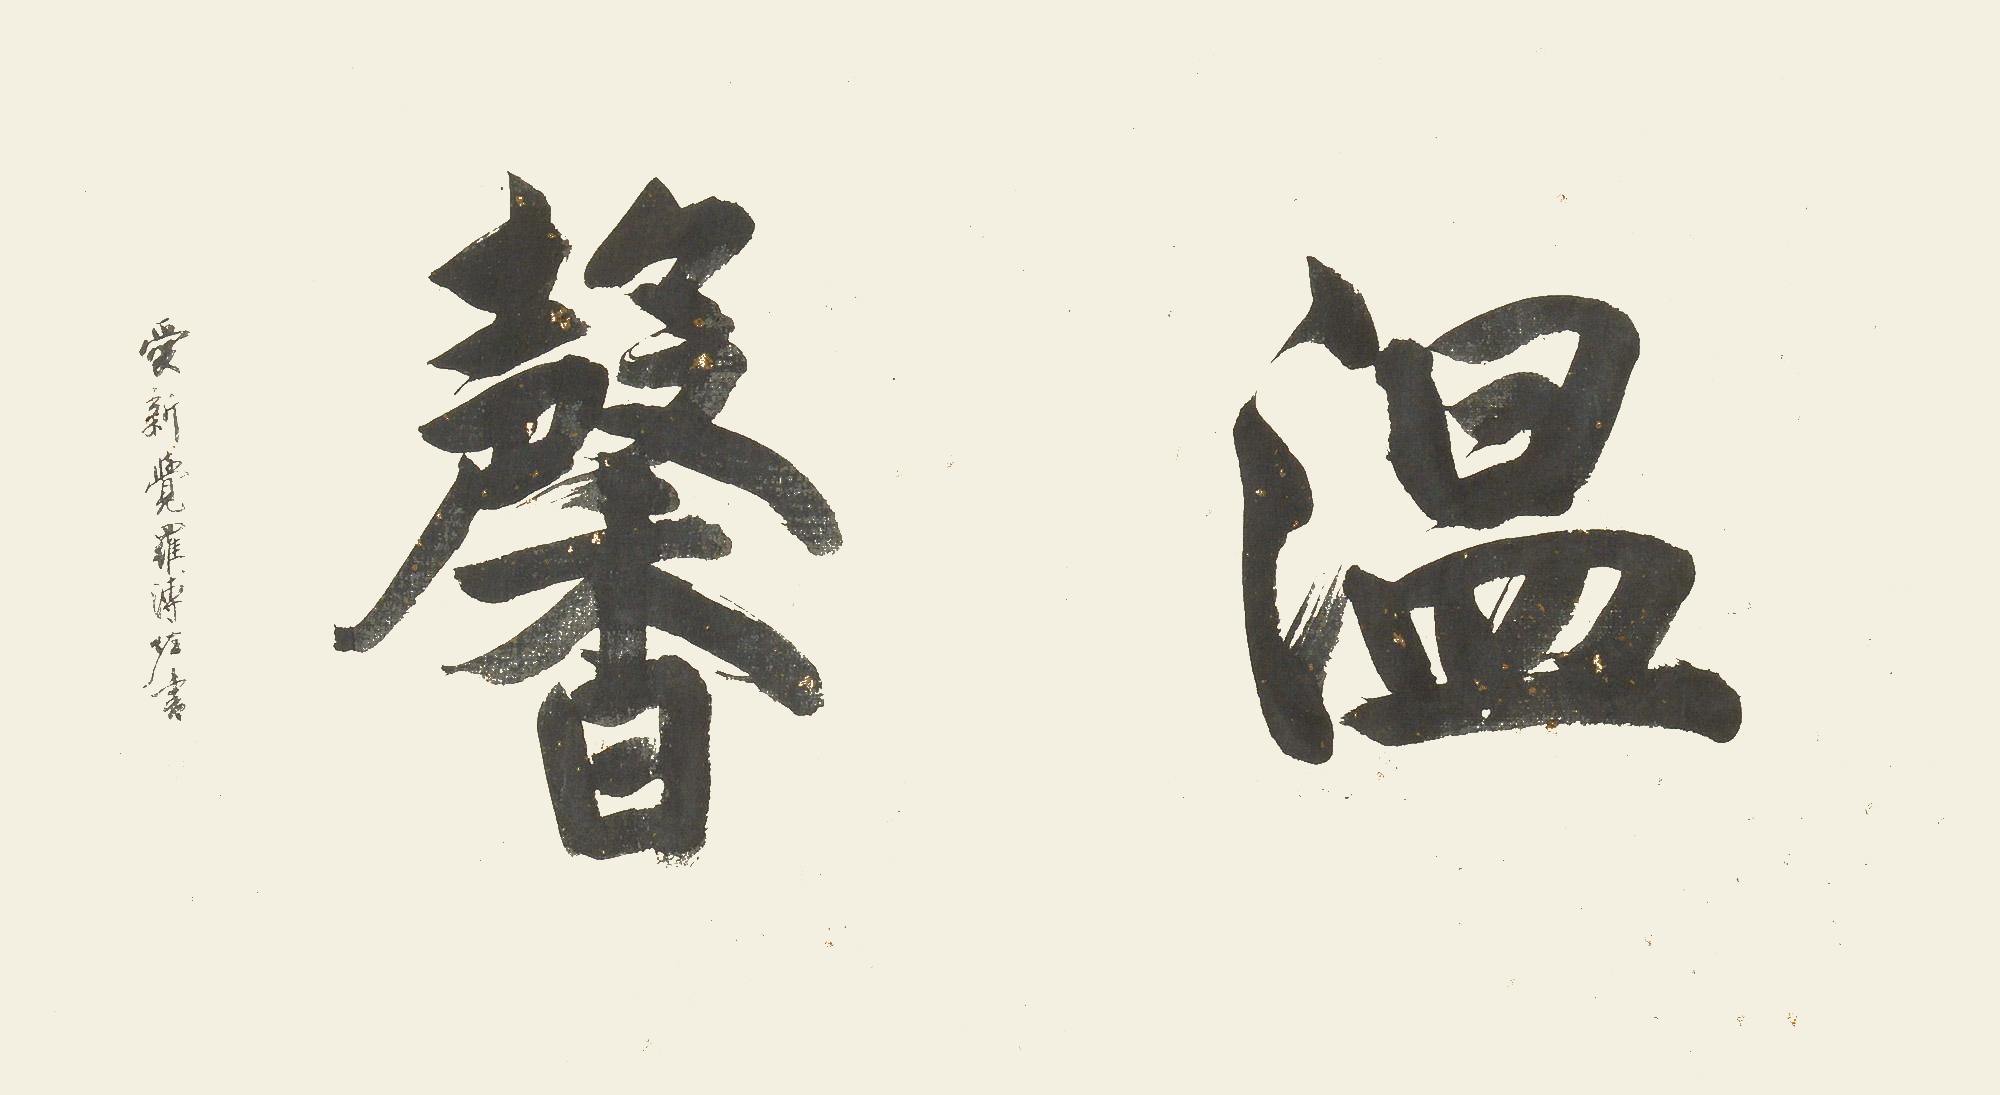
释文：温馨爱新觉罗·溥佐书。